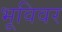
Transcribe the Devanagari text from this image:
भूविवर